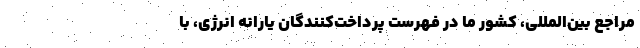
مراجع بین‌المللی، کشور ما در فهرست پرداخت‌کنندگان یارانه انرژی، با